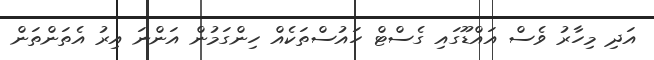
އަދި މިހާރު ވެސް އައްޑޫގައި ގެސްޓް ހައުސްތަކެއް ހިންގަމުން އަންނަ އިރު އެތަންތަން